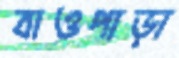
বাওপাড়া